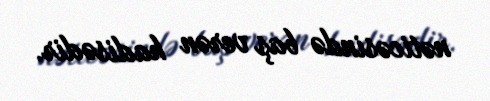
nəticəsində baş verən hadisədir.